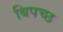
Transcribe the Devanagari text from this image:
बिपच्छ